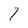
Character: 1